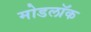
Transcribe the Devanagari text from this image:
मोडलॉक